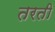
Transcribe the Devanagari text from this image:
तरती